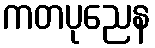
ကတပုညေန